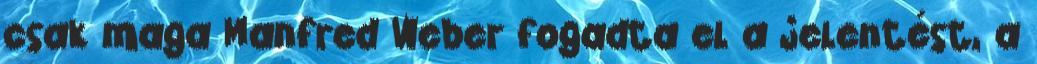
csak maga Manfred Weber fogadta el a jelentést, a